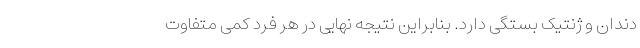
دندان و ژنتیک بستگی دارد. بنابراین نتیجه نهایی در هر فرد کمی متفاوت